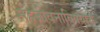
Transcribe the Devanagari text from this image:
सहजीवनाविषयीचे